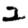
Digit: 2